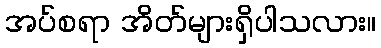
အပ်စရာ အိတ်များရှိပါသလား။